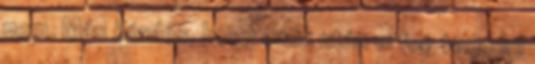
nem. Más kérdés, hogy ezek után el fog terjedni